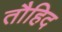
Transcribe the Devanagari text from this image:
तौहिद